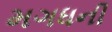
મગધની